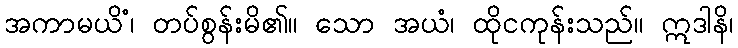
အကာမယိံ၊ တပ်စွန်းမိ၏။ သော အယံ၊ ထိုငကုန်းသည်။ ဣဒါနိ၊